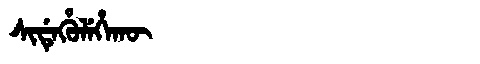
Manchu: ᠰᡳᡩᡝᡥᡠᠯᡝᡥᠠᡴᡡ
Romanization: SIDEHULEHAKŪ